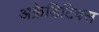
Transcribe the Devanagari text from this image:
अक्रेडिटिवस